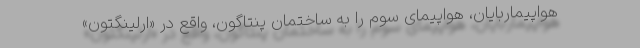
هواپیماربایان، هواپیمای سوم را به ساختمان پنتاگون، واقع در «ارلینگتون»